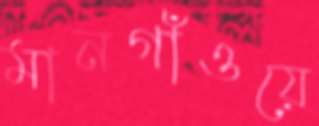
মানগাঁওয়ে